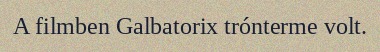
A filmben Galbatorix trónterme volt.